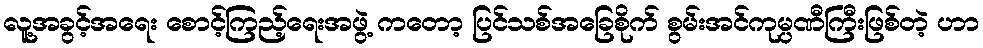
လူ့အခွင့်အရေး စောင့်ကြည့်ရေးအဖွဲ့ ကတော့ ပြင်သစ်အခြေစိုက် စွမ်းအင်ကုမ္ပဏီကြီးဖြစ်တဲ့ ဟာ